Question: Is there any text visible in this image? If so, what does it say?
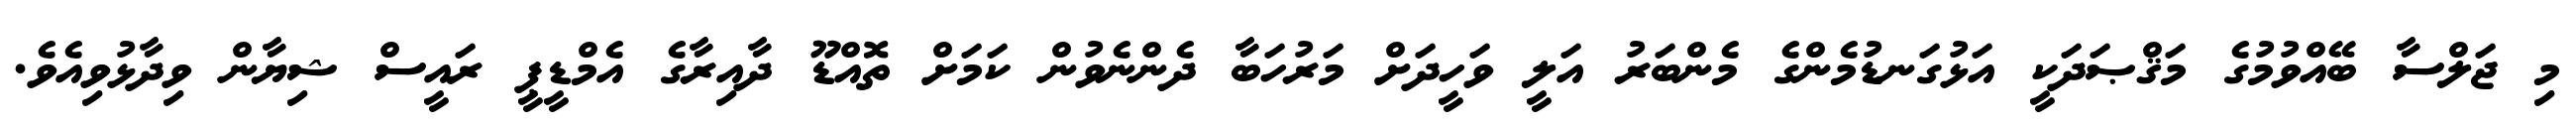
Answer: މި ޖަލްސާ ބޭއްވުމުގެ މަޤްޞަދަކީ އަޅުގަނޑުމެންގެ މެންބަރު އަލީ ވަހީދަށް މަރުހަބާ ދެންނެވުން ކަމަށް ތޮއްޑޫ ދާއިރާގެ އެމްޑީޕީ ރައީސް ޝިޔާން ވިދާޅުވިއެވެ.